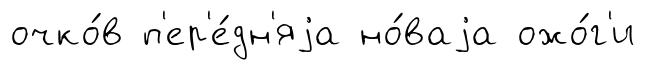
очко́в п'ер'е́дн'яjа но́ваjа ожо́г'и